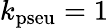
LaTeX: k_{\mathrm{pseu}}=1